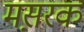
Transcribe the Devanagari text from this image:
मस़रक